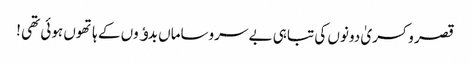
قصر و کسریٰ دونوں کی تباہی بے سروساماں بدﺅوں کے ہاتھوں ہوئی تھی !